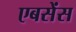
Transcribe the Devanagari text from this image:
एबसेंस